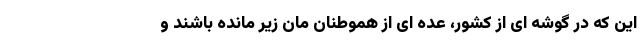
این که در گوشه ای از کشور، عده ای از هموطنان مان زیر مانده باشند و